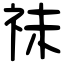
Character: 祙